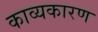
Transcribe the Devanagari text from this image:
काव्यकारण